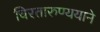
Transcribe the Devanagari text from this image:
चिरतारुण्ययाने